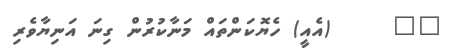
٢٥     (އެއީ) ހެޔޮކަންތައް މަނާކުރުން ގިނަަ އަނިޔާވެރި